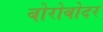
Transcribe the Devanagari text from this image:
बोरोबोदर